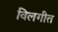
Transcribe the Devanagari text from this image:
विलगीत